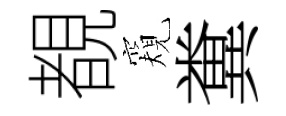
覩窺糞